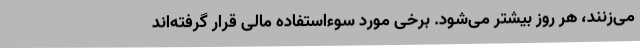
می‌زنند، هر روز بیشتر می‌شود. برخی مورد سوءاستفاده مالی قرار گرفته‌اند